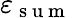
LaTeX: \varepsilon_{\mathrm{~s~u~m~}}